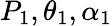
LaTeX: P_{1},\theta_{1},\alpha_{1}